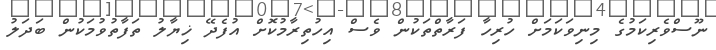
ނޫސްވެރިކަމުގެ މިނިވަކަމަށް ހުރިހާ ފަރާތްތަކުން ވެސް އިހުތިރާމުކޮށް އުފެދޭ ޚިޔާލު ތަފާތުވުމަކުން ބަދަލު